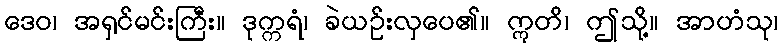
ဒေဝ၊ အရှင်မင်းကြီး။ ဒုက္ကရံ၊ ခဲယဉ်းလှပေ၏။ ဣတိ၊ ဤသို့။ အာဟံသု၊